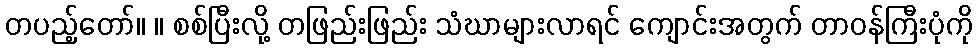
တပည့်တော်။ ။ စစ်ပြီးလို့ တဖြည်းဖြည်း သံဃာများလာရင် ကျောင်းအတွက် တာဝန်ကြီးပုံကို